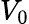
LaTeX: V_{\mathrm{0}}